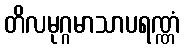
တိလမုဂ္ဂမာသာပရဏ္ဏံ